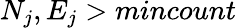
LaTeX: N_{j},E_{j}>mincount